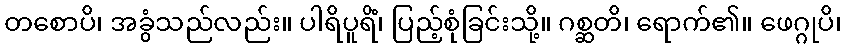
တစောပိ၊ အခွံသည်လည်း။ ပါရိပူရိံ၊ ပြည့်စုံခြင်းသို့။ ဂစ္ဆတိ၊ ရောက်၏။ ဖေဂ္ဂုပိ၊